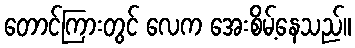
တောင်ကြားတွင် လေက အေးစိမ့်နေသည်။